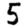
Digit: 5